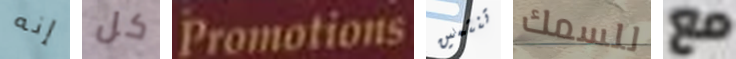
إنه كل Promotions تنتمين للسمك مع